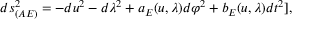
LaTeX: d s _ { ( A E ) } ^ { 2 } = - d u ^ { 2 } - d \lambda ^ { 2 } + a _ { E } ( u , \lambda ) d \varphi ^ { 2 } + b _ { E } ( u , \lambda ) d t ^ { 2 } ] ,